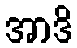
အာဒိ